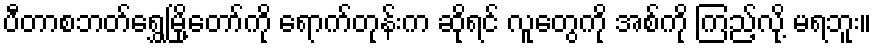
ပီတာစဘတ်ရွှေမြို့တော်ကို ရောက်တုန်းက ဆိုရင် လူတွေကို အစ်ကို ကြည့်လို့ မရဘူး။